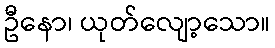
ဦနော၊ ယုတ်လျော့သော။